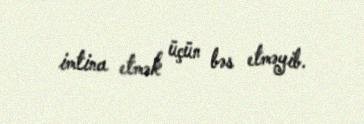
imtina etmək üçün bəs etməyib.